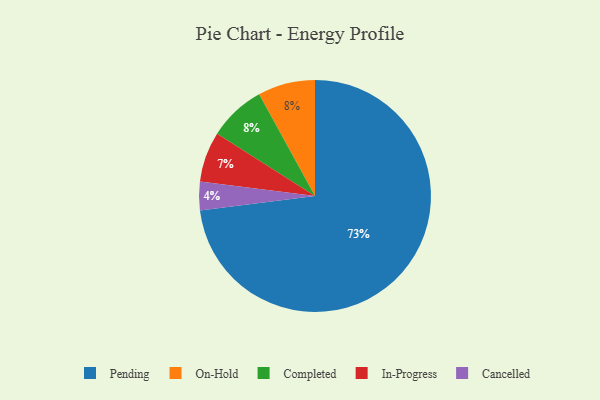
{"axis": {"x": "Category", "y": "Percentage"}, "legend": ["Cancelled", "Completed", "In-Progress", "On-Hold", "Pending"], "data": [{"x": "Pending", "y": 73, "type": "Pending"}, {"x": "On-Hold", "y": 8, "type": "On-Hold"}, {"x": "Completed", "y": 8, "type": "Completed"}, {"x": "In-Progress", "y": 7, "type": "In-Progress"}, {"x": "Cancelled", "y": 4, "type": "Cancelled"}]}